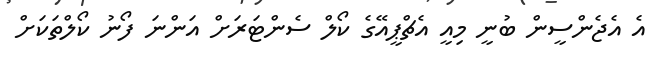
އެ އެޖެންސީން ބުނީ މިއީ އެޗްޕީއޭގެ ކޯލް ސެންޓަރަށް އަންނަ ފޯނު ކޯލްތަކަށް